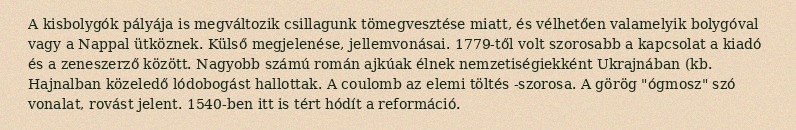
A kisbolygók pályája is megváltozik csillagunk tömegvesztése miatt, és vélhetően valamelyik bolygóval vagy a Nappal ütköznek. Külső megjelenése, jellemvonásai. 1779-től volt szorosabb a kapcsolat a kiadó és a zeneszerző között. Nagyobb számú román ajkúak élnek nemzetiségiekként Ukrajnában (kb. Hajnalban közeledő lódobogást hallottak. A coulomb az elemi töltés -szorosa. A görög "ógmosz" szó vonalat, rovást jelent. 1540-ben itt is tért hódít a reformáció.